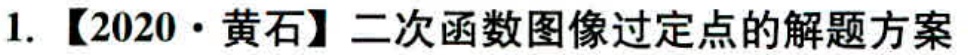
1. 【2020·黄石】二次函数图像过定点的解题方案